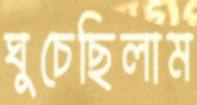
ঘুচেছিলাম